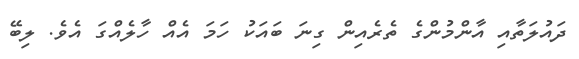
ދައުލަތާއި އާންމުންގެ ތެރެއިން ގިނަ ބައަކު ހަމަ އެއް ހާލެއްގަ އެވެ. ލިބޭ